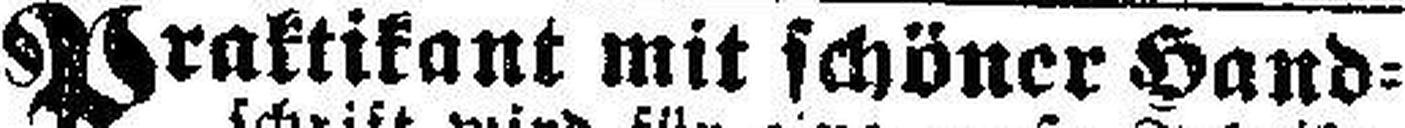
Praktikant mit schöner Hand¬